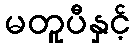
မတူပီနှင့်